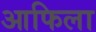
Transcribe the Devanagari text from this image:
आफिला